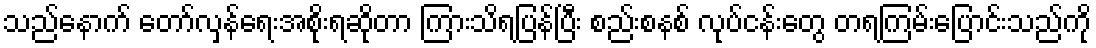
သည်နောက် တော်လှန်ရေးအစိုးရဆိုတာ ကြားသိရပြန်ပြီး စည်းစနစ် လုပ်ငန်းတွေ တရကြမ်းပြောင်းသည်ကို